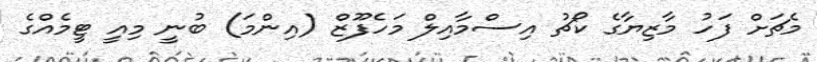
މެޗަށް ފަހު މާޒިޔާގެ ކޯޗު އިސްމާއިލް މަހެފޫޒް (އިންމަ) ބުނީ މިއީ ޓީމެއްގެ